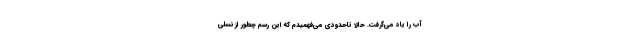
آب را یاد می‌گرفت. حالا تاحدودی می‌فهمیدم که این رسم چطور از نسلی